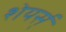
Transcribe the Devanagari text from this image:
शेयर्स्